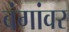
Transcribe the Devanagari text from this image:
बंगांवर